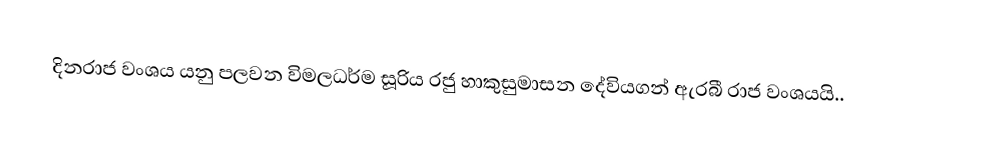
දිනරාජ වංශය යනු  පලවන විමලධර්ම සූරිය රජු හාකුසුමාසන දේවියගන් ඇරබී රාජ වංශයයි..